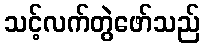
သင့်လက်တွဲဖော်သည်